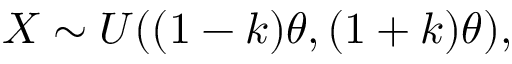
X \sim U ( ( 1 - k ) \theta , ( 1 + k ) \theta ) ,